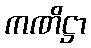
ကဏိဋ္ဌာ